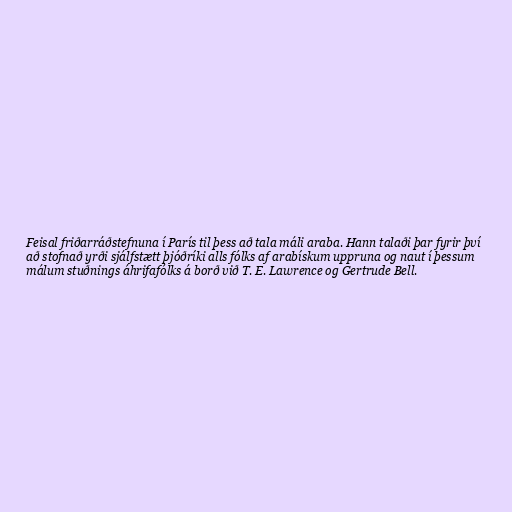
Feisal friðarráðstefnuna í París til þess að tala máli araba. Hann talaði þar fyrir því
að stofnað yrði sjálfstætt þjóðríki alls fólks af arabískum uppruna og naut í þessum
málum stuðnings áhrifafólks á borð við T. E. Lawrence og Gertrude Bell.